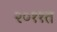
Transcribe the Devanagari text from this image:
२०११त